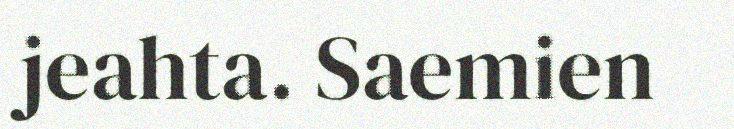
jeahta. Saemien